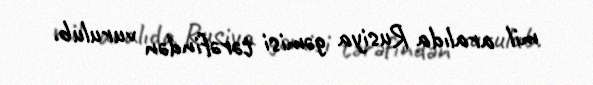
mil aralıda Rusiya gəmisi tərəfindən vurulub.